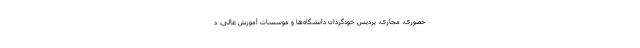
‌حضوری، مجازی، پردیس خودگردان دانشگاه‌ها و موسسات‌ آموزش‌ عالی، د